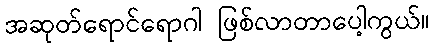
အဆုတ်ရောင်ရောဂါ ဖြစ်လာတာပေါ့ကွယ်။